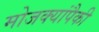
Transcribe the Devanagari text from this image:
मोजक्यांपैकी